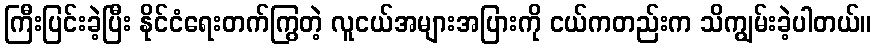
ကြီးပြင်းခဲ့ပြီး နိုင်ငံရေးတက်ကြွတဲ့ လူငယ်အများအပြားကို ငယ်ကတည်းက သိကျွမ်းခဲ့ပါတယ်။